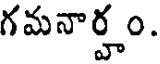
గమనార్హం.